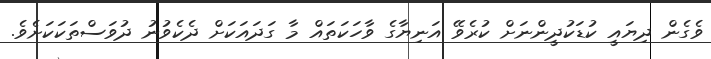
ވެގެން ދިޔައީ ކުޑަކުދީންނަށް ކުރެވޭ އަނިޔާގެ ވާހަކަތައް މާ ގަދައަކަށް ދެކެވުނު ދުވަސްތަކަކަށެވެ.